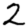
Digit: 2